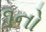
૧નો